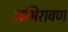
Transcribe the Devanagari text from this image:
अभिरावण